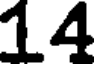
14